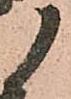
御